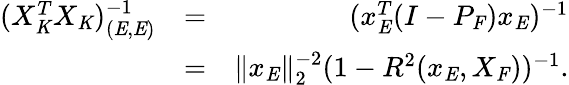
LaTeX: \begin{array}{rlr}{(X_{\mathit{K}}^{T}X_{\mathit{K}})_{(\mathit{E},\mathit{E})}^{-1}}&{=}&{(x_{\mathit{E}}^{T}(I-P_{\mathit{F}})x_{\mathit{E}})^{-1}}\\ &{=}&{\| x_{\mathit{E}}\| _{2}^{-2}(1-R^{2}(x_{\mathit{E}},X_{\mathit{F}}))^{-1}.}\end{array}